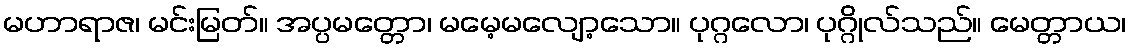
မဟာရာဇ၊ မင်းမြတ်။ အပ္ပမတ္တော၊ မမေ့မလျော့သော။ ပုဂ္ဂလော၊ ပုဂ္ဂိုလ်သည်။ မေတ္တာယ၊